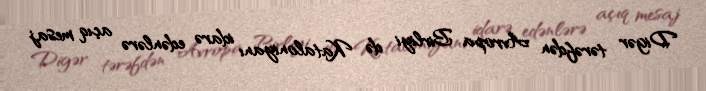
Digər tərəfdən Avropa Birliyi də Kataloniyanı idarə edənlərə açıq mesaj